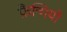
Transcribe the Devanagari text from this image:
फ़ैन्गियो